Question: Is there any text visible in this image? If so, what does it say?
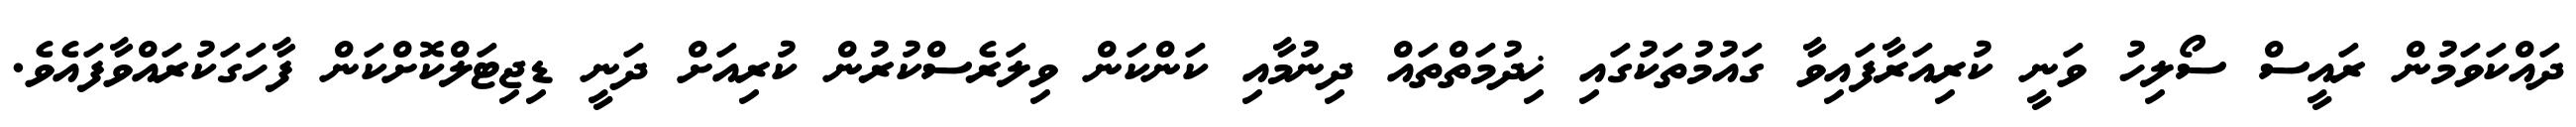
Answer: ދައްކަވަމުން ރައީސް ސޯލިހު ވަނީ ކުރިއަރާފައިވާ ގައުމުތަކުގައި ޚިދުމަތްތައް ދިނުމާއި ކަންކަން ވިލަރެސްކުރުން ކުރިއަށް ދަނީ ޑިޖިޓަލްކޮށްކަން ފާހަގަކުރައްވާފައެވެ.